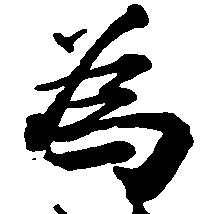
者